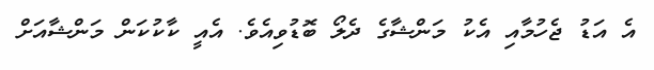
އެ އަޑު ޖެހުމާއި އެކު މަންޝާގެ ދެލޯ ބޮޑުވިއެވެ. އެއީ ކާކުކަން މަންޝާއަށް